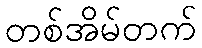
တစ်အိမ်တက်